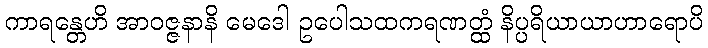
ကာရန္တေဟိ အာဝဇ္ဇနာနိ မေဒေါ ဥပေါသထကရဏတ္ထံ နိပ္ပရိယာယာဟာရောပိ